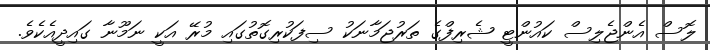
ލޮސް އެންޖެލިސް ކައުންޓީ ޝެރިފްގެ ތަރުޖަމާނަކު ސިފަކުރިގޮތުގައި މުރޭ އަކީ ނަމޫނާ ގައިދީއެކެވެ.